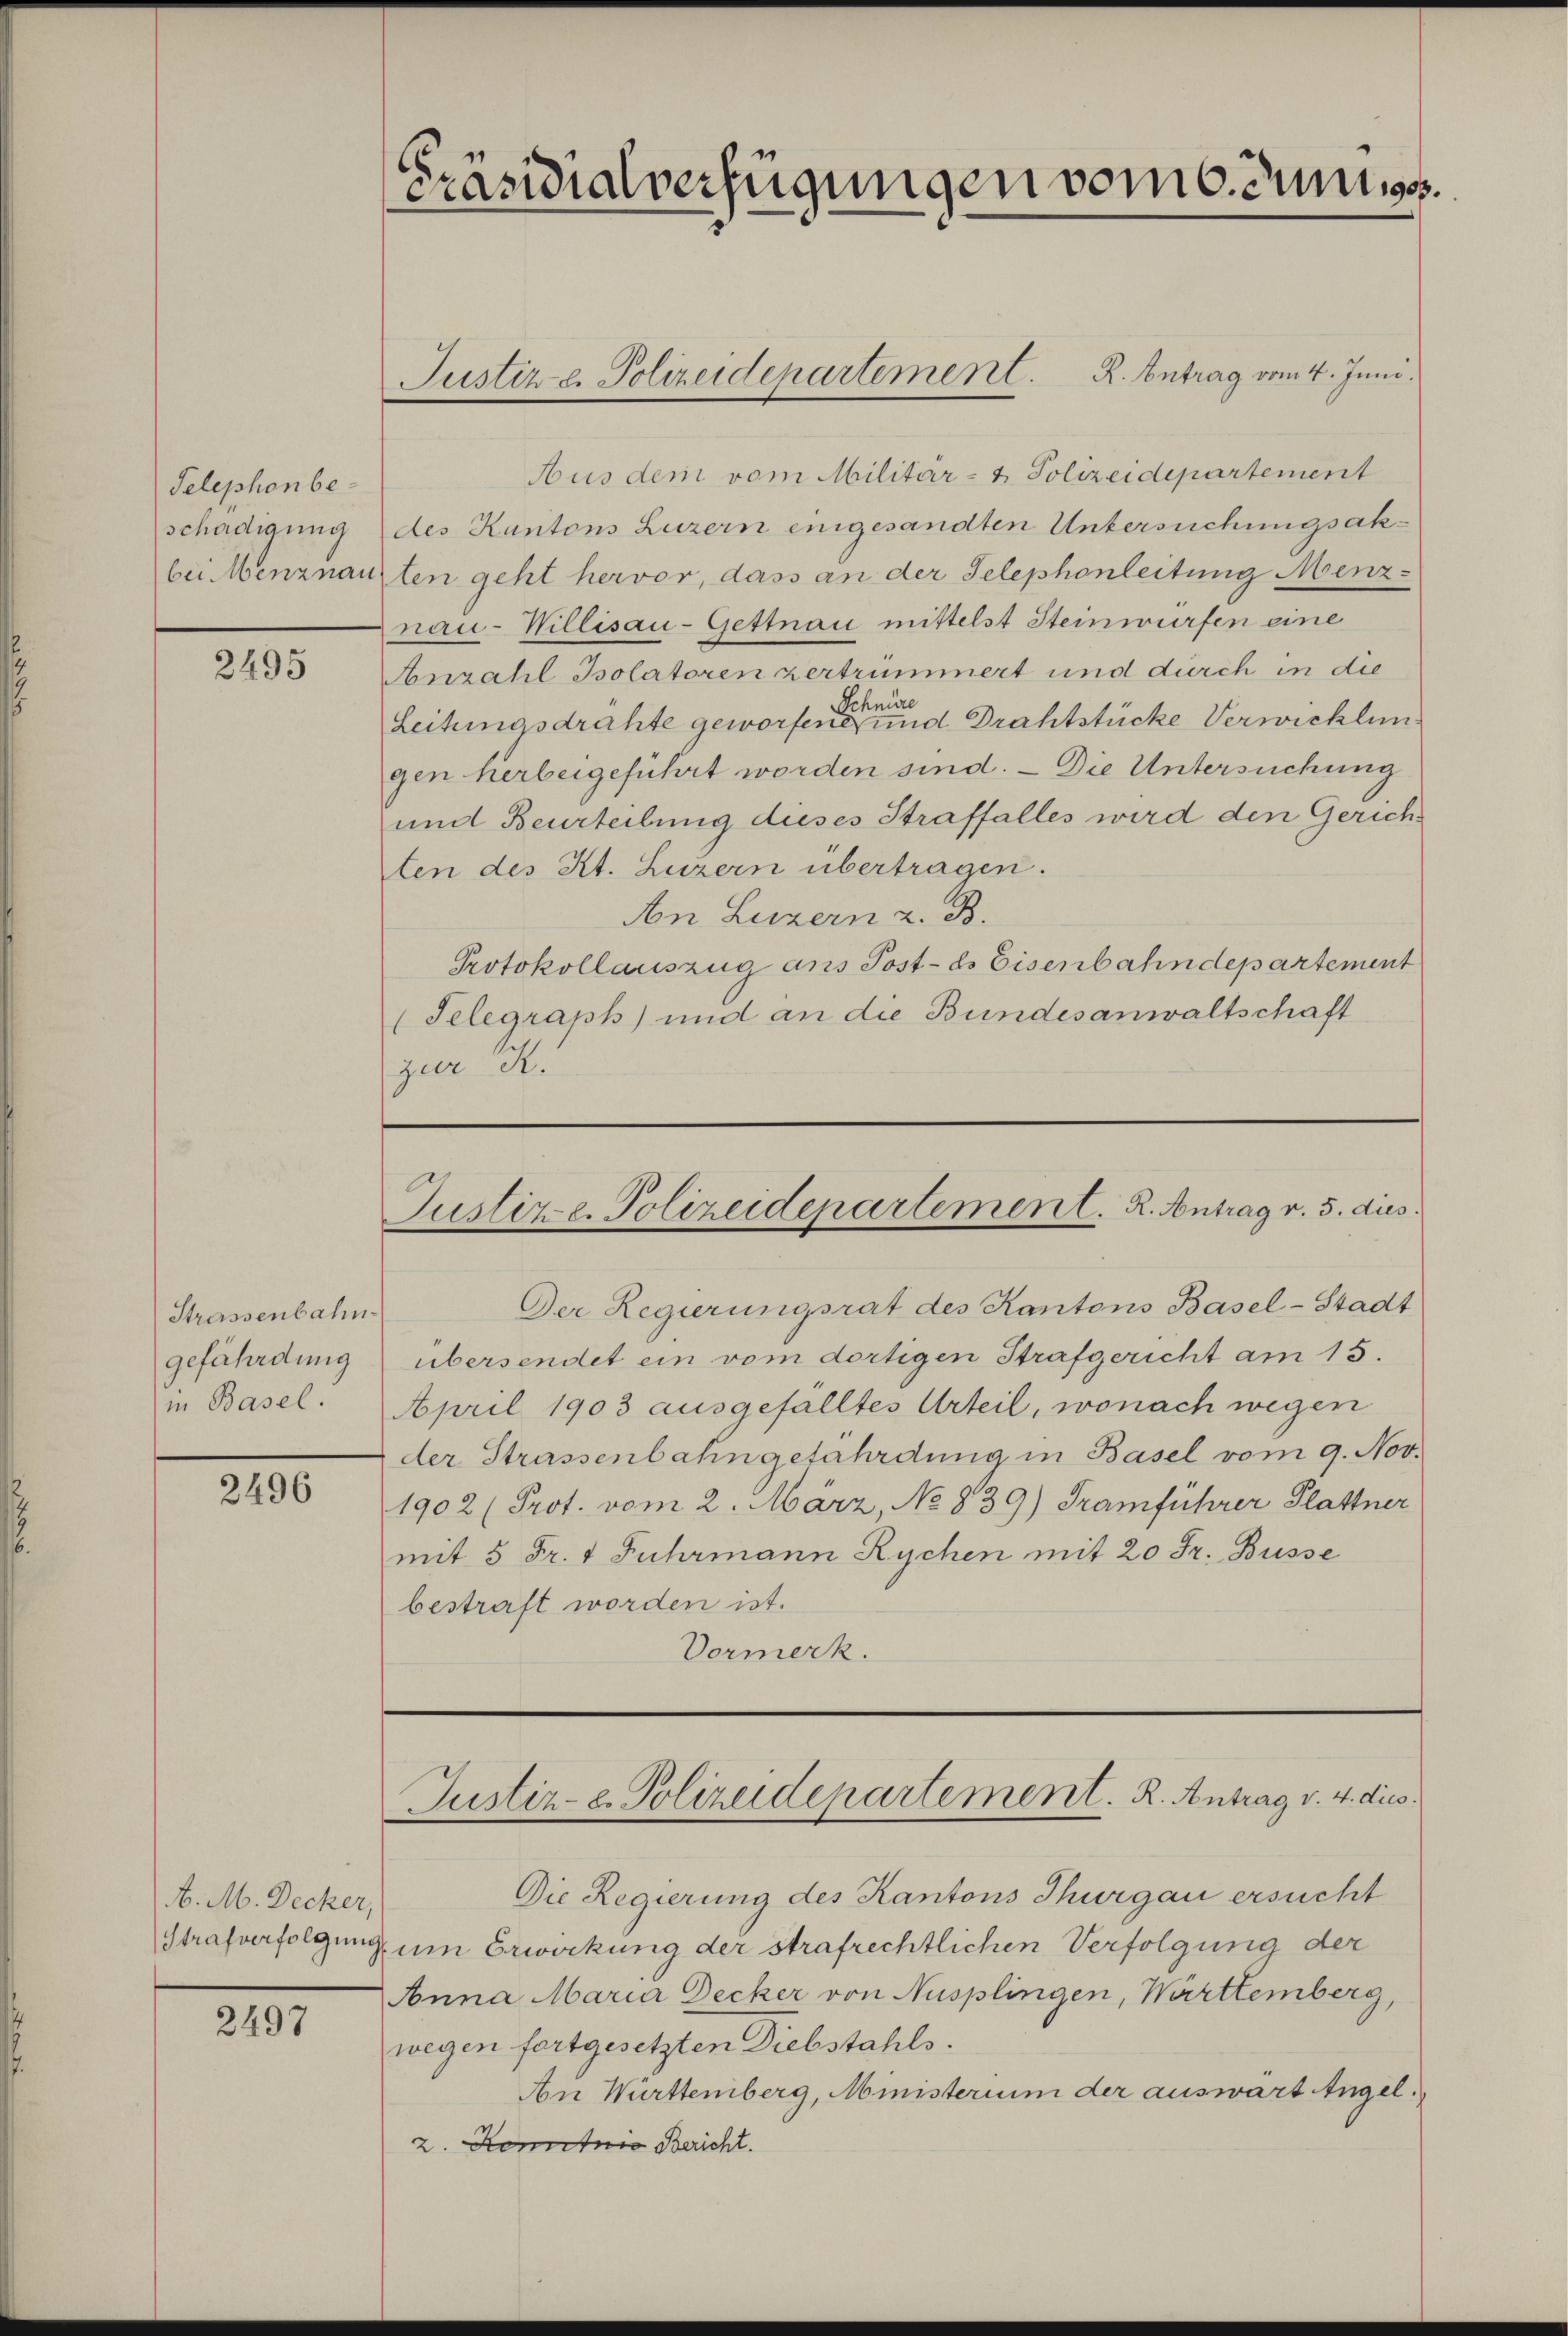
Telephonbeschädigung

2495

Strassenbahn
gefährdung
in Basel.

2496

A. M. Decker,

2497

Aus dem vom Militär- & Polizeidepartement
des Kantons Luzern eingesandten Untersuchungsakbei Menznauzten geht hervor, dass an der Telephonleitung Menznau-Willisau-Gettnau mittelst Steinwürfen eine
Anzahl Isolatoren zertrümmert und durch in die
Leitungsdrahte geworfen eine einen und Drahtstücke Verwicklun
gen herbeigeführt worden sind. — Die Untersuchung
und Beurteilung dieses Straffalles wird den Gerichten des Kt. Luzern übertragen.
An Luzern z. B.
Protokollauszug ans Post- ds Eisenbahndepartement
(Telegraph) und an die Bundesanwaltschaft
zur S.

Präsidialverfügungen vom 6. Junigs

Justiz & Polizeidepartement. R. Antrag vom 4. Juni.

Justize. Polizeidepartement. R. Antrag v. 5. dies

Der Regierungsrat des Kantons Basel-Stadt
übersendet ein vom dortigen Strafgericht am 15.
April 1903 ausgefälltes Urteil, wonach wegen
der Strassenbahngefährdung in Basel vom 9. Nov.
1902 (Prot. vom 2. März, No 839) Tramführer Plattner
mit 5 Fr. 1 Fuhrmann Rychen mit 20 Fr. Busse
bestraft worden ist.
Vormerk.

Die Regierung des Kantons Thurgau ersucht
Strafverfolgung, um Erwirkung der strafrechtlichen Verfolgung der
Anna Maria Decker von Nusplingen, Württemberg,
wegen fortgesetzten Diebstahls.
An Württemberg, Ministerium der auswärt Angel¬
2. Kenntnis Bericht.

Justiz- e. Polizeidepartement. R. Antrag v. 4. dies